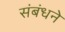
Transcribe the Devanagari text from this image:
संबंधने